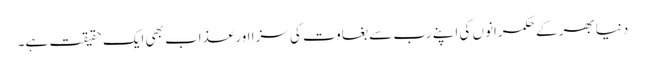
دنیا بھر کے حکمرانوں کی اپنے رب سے بغاوت کی سزا اور عذاب بھی ایک حقیقت ہے۔